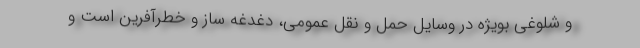
و شلوغی بویژه در وسایل حمل و نقل عمومی، دغدغه ساز و خطرآفرین است و